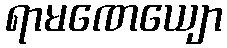
ရာမဏေယျော